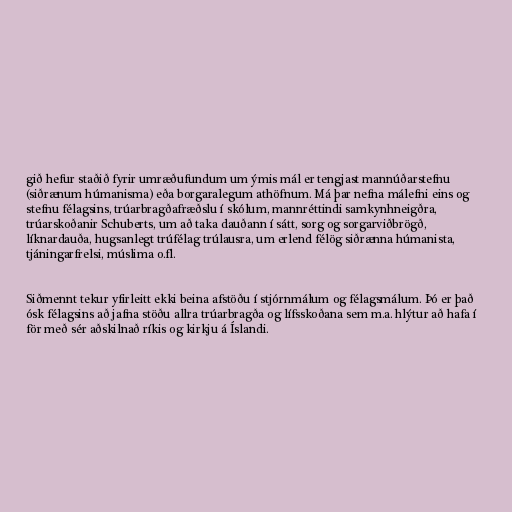
gið hefur staðið fyrir umræðufundum um ýmis mál er tengjast mannúðarstefnu
(siðrænum húmanisma) eða borgaralegum athöfnum. Má þar nefna málefni eins og
stefnu félagsins, trúarbragðafræðslu í skólum, mannréttindi samkynhneigðra,
trúarskoðanir Schuberts, um að taka dauðann í sátt, sorg og sorgarviðbrögð,
líknardauða, hugsanlegt trúfélag trúlausra, um erlend félög siðrænna húmanista,
tjáningarfrelsi, múslima o.fl.

Siðmennt tekur yfirleitt ekki beina afstöðu í stjórnmálum og félagsmálum. Þó er það
ósk félagsins að jafna stöðu allra trúarbragða og lífsskoðana sem m.a. hlýtur að hafa í
för með sér aðskilnað ríkis og kirkju á Íslandi.